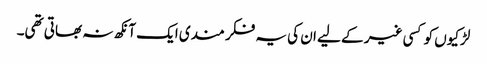
لڑکیوں کو کسی غیر کے لیے ان کی یہ فکر مندی ایک آنکھ نہ بھاتی تھی۔